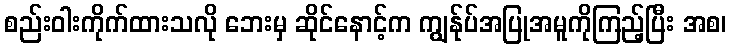
စည်းဝါးကိုက်ထားသလို ဘေးမှ ဆိုင်နောင့်က ကျွန်ုပ်အပြုအမူကိုကြည့်ပြီး အစ၊